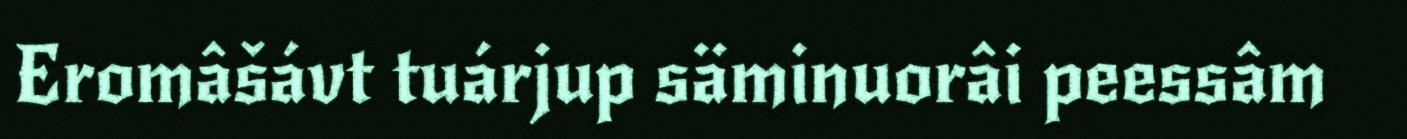
Eromâšávt tuárjup säminuorâi peessâm